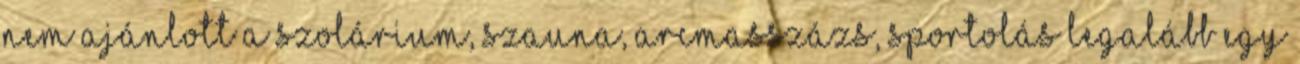
nem ajánlott a szolárium, szauna, arcmasszázs, sportolás legalább egy